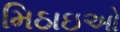
મિઠાઇઓ